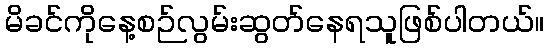
မိခင်ကိုနေ့စဉ်လွမ်းဆွတ်နေရသူဖြစ်ပါတယ်။